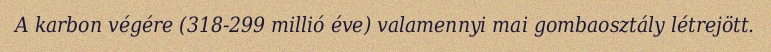
A karbon végére (318-299 millió éve) valamennyi mai gombaosztály létrejött.